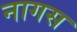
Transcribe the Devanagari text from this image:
नागस